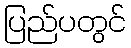
ပြည်ပတွင်